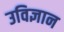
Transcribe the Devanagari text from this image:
उविज्ञान